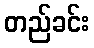
တည်ခင်း